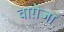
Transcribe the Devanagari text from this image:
वाग़ेजा